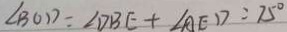
\angle B O D = \angle D B E + \angle A E D = 7 5 ^ { \circ }